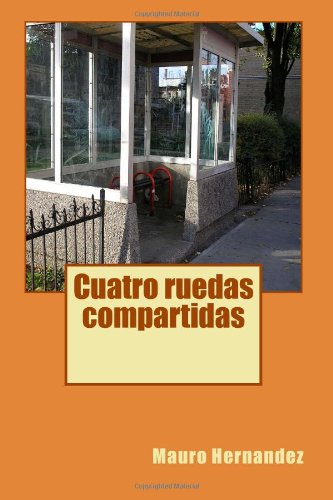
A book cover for Cuatro ruedas compartidas (Spanish Edition); Mauro Hernandez; Literature & Fiction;